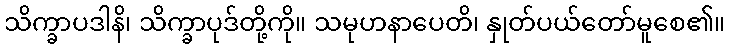
သိက္ခာပဒါနိ၊ သိက္ခာပုဒ်တို့ကို။ သမုဟနာပေတိ၊ နှုတ်ပယ်တော်မူစေ၏။